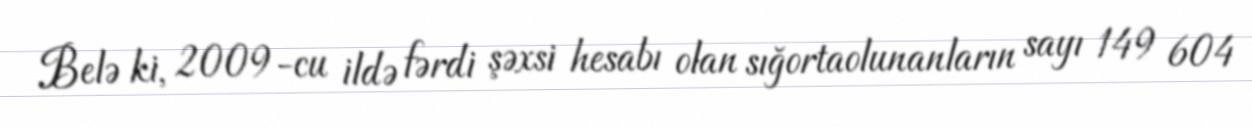
Belə ki, 2009-cu ildə fərdi şəxsi hesabı olan sığortaolunanların sayı 149 604